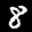
Label: 8